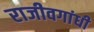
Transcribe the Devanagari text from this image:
राजीवगांधी